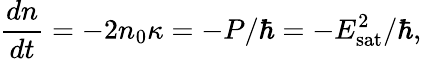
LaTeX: \frac{dn}{dt}=-2n_{0}\kappa=-P/\hbar=-E_{\mathrm{sat}}^{2}/\hbar,